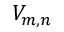
V _ { m , n }